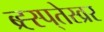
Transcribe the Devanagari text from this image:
ब्र्ह्स्प्तेस्व्रर